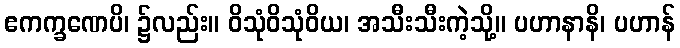
ဧကက္ခဏေပိ၊ ၌လည်း။ ဝိသုံဝိသုံဝိယ၊ အသီးသီးကဲ့သို့။ ပဟာနာနိ၊ ပဟာန်